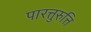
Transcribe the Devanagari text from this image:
पारत्तुरुत्ति